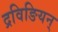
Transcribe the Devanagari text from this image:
द्रविङियन्